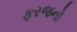
ફરજનો